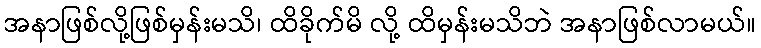
အနာဖြစ်လို့ဖြစ်မှန်းမသိ၊ ထိခိုက်မိ လို့ ထိမှန်းမသိဘဲ အနာဖြစ်လာမယ်။